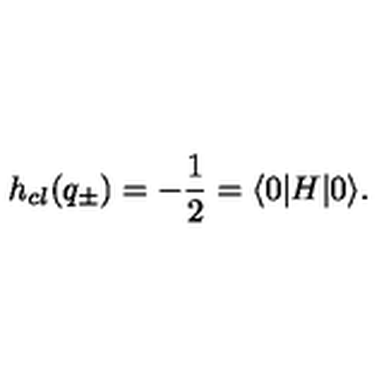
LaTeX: h _ { c l } ( q _ { \pm } ) = - \frac { 1 } { 2 } = \langle 0 | H | 0 \rangle .